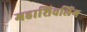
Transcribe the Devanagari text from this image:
महाशिवलिंग